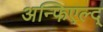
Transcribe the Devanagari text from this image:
अन्फिएल्द्